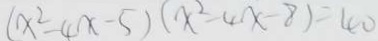
( x ^ { 2 } - 4 x - 5 ) ( x ^ { 2 } - 4 x - 8 ) = 4 0